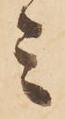
ミ